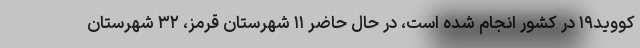
کووید۱۹ در کشور انجام شده است، در حال حاضر ۱۱ شهرستان قرمز، ۳۲ شهرستان